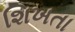
શિખતા